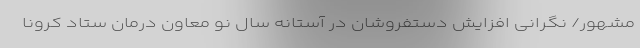
مشهور/ نگرانی افزایش دستفروشان در آستانه سال نو معاون درمان ستاد کرونا